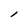
Character: l